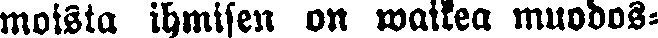
moista ihmisen on waikea muodos-